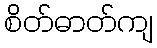
စိတ်ဓာတ်ကျ